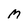
Character: M